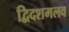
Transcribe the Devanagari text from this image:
द्विदशमलव